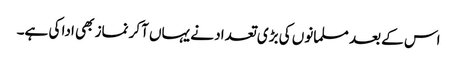
اس کے بعد مسلمانوں کی بڑی تعداد نے یہاں آکر نماز بھی ادا کی ہے۔